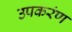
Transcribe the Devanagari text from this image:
उपकरंण